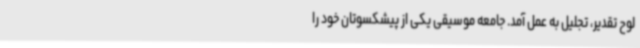
لوح تقدیر، تجلیل به عمل آمد. جامعه موسیقی یکی از پیشکسوتان خود را